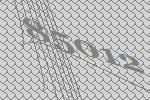
85012